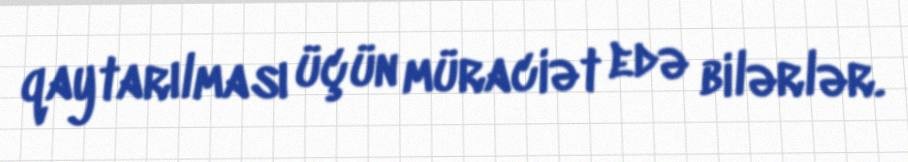
qaytarılması üçün müraciət edə bilərlər.